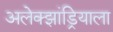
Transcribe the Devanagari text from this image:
अलेक्झांड्रियाला